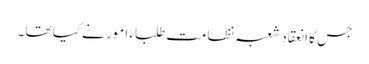
جس کا انعقاد شعبہ نظامت طلباء امور نے کیا تھا ۔